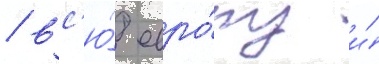
/ вс'ю́ евро́пу и́